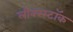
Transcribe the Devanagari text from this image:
लीबरस्टॉक